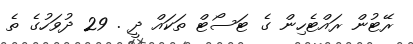
ރޭޓުން ރައްޓެހިން ގެ ޓަސޯޓް ތަކައް ދީ . 29 ދުވަހުގެ ތެ